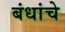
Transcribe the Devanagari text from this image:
बंधांचे